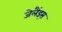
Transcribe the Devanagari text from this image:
जेलैंड्स